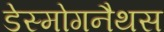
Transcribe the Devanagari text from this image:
डेस्मोगनैथस